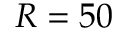
R = 5 0